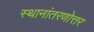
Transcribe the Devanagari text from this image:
स्थानांतरणोत्तर